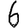
Digit: 6